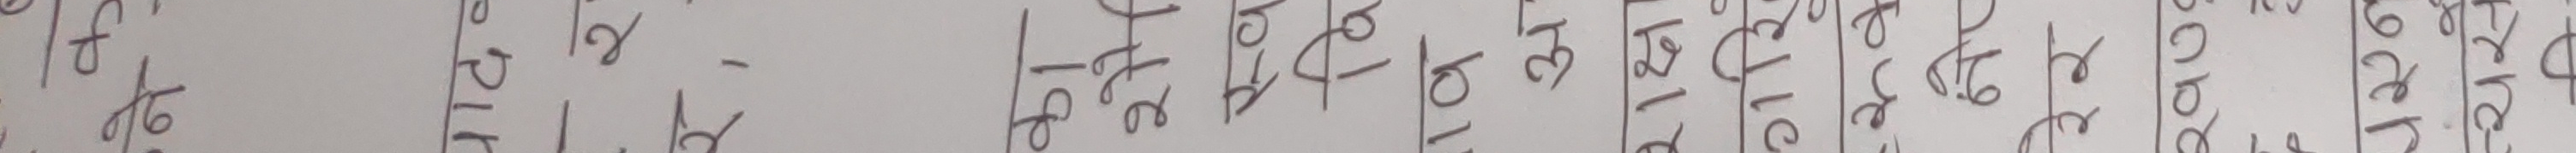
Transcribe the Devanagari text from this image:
प्रभुको मायामा झुल्नुभएको थियो। खुसी भएर अनन्त तृप्ति पाई। त्यो भगवान्को अमरताको अनुभव गरे।